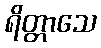
ရိတ္တာသေ